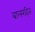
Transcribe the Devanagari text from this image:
बालरहित